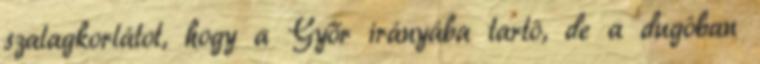
szalagkorlátot, hogy a Győr irányába tartó, de a dugóban